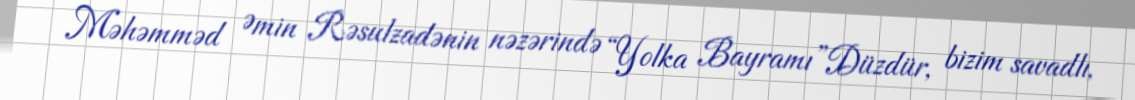
Məhəmməd Əmin Rəsulzadənin nəzərində “Yolka Bayramı”Düzdür, bizim savadlı,